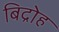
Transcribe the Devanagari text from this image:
बिद्रोह